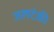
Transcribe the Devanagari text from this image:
जलटंकी